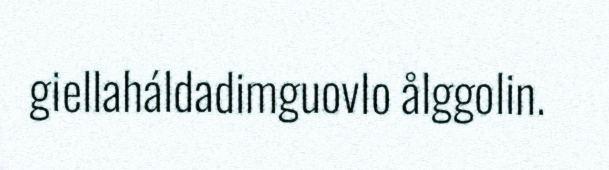
giellaháldadimguovlo ålggolin.